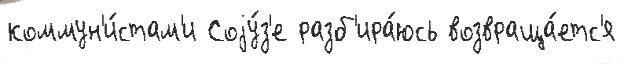
коммун'и́стам'и Соjу́з'е разб'ира́юсь возвраща́етс'я